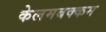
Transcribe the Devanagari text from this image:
केलमबक्कम